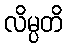
လိမ္ပတိ